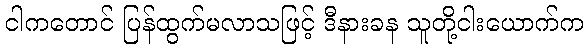
ငါကတောင် ပြန်ထွက်မလာသဖြင့် ဒီနားခန သူတို့ငါးယောက်က